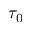
\tau _ { 0 }